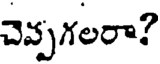
చెప్పగలరా?